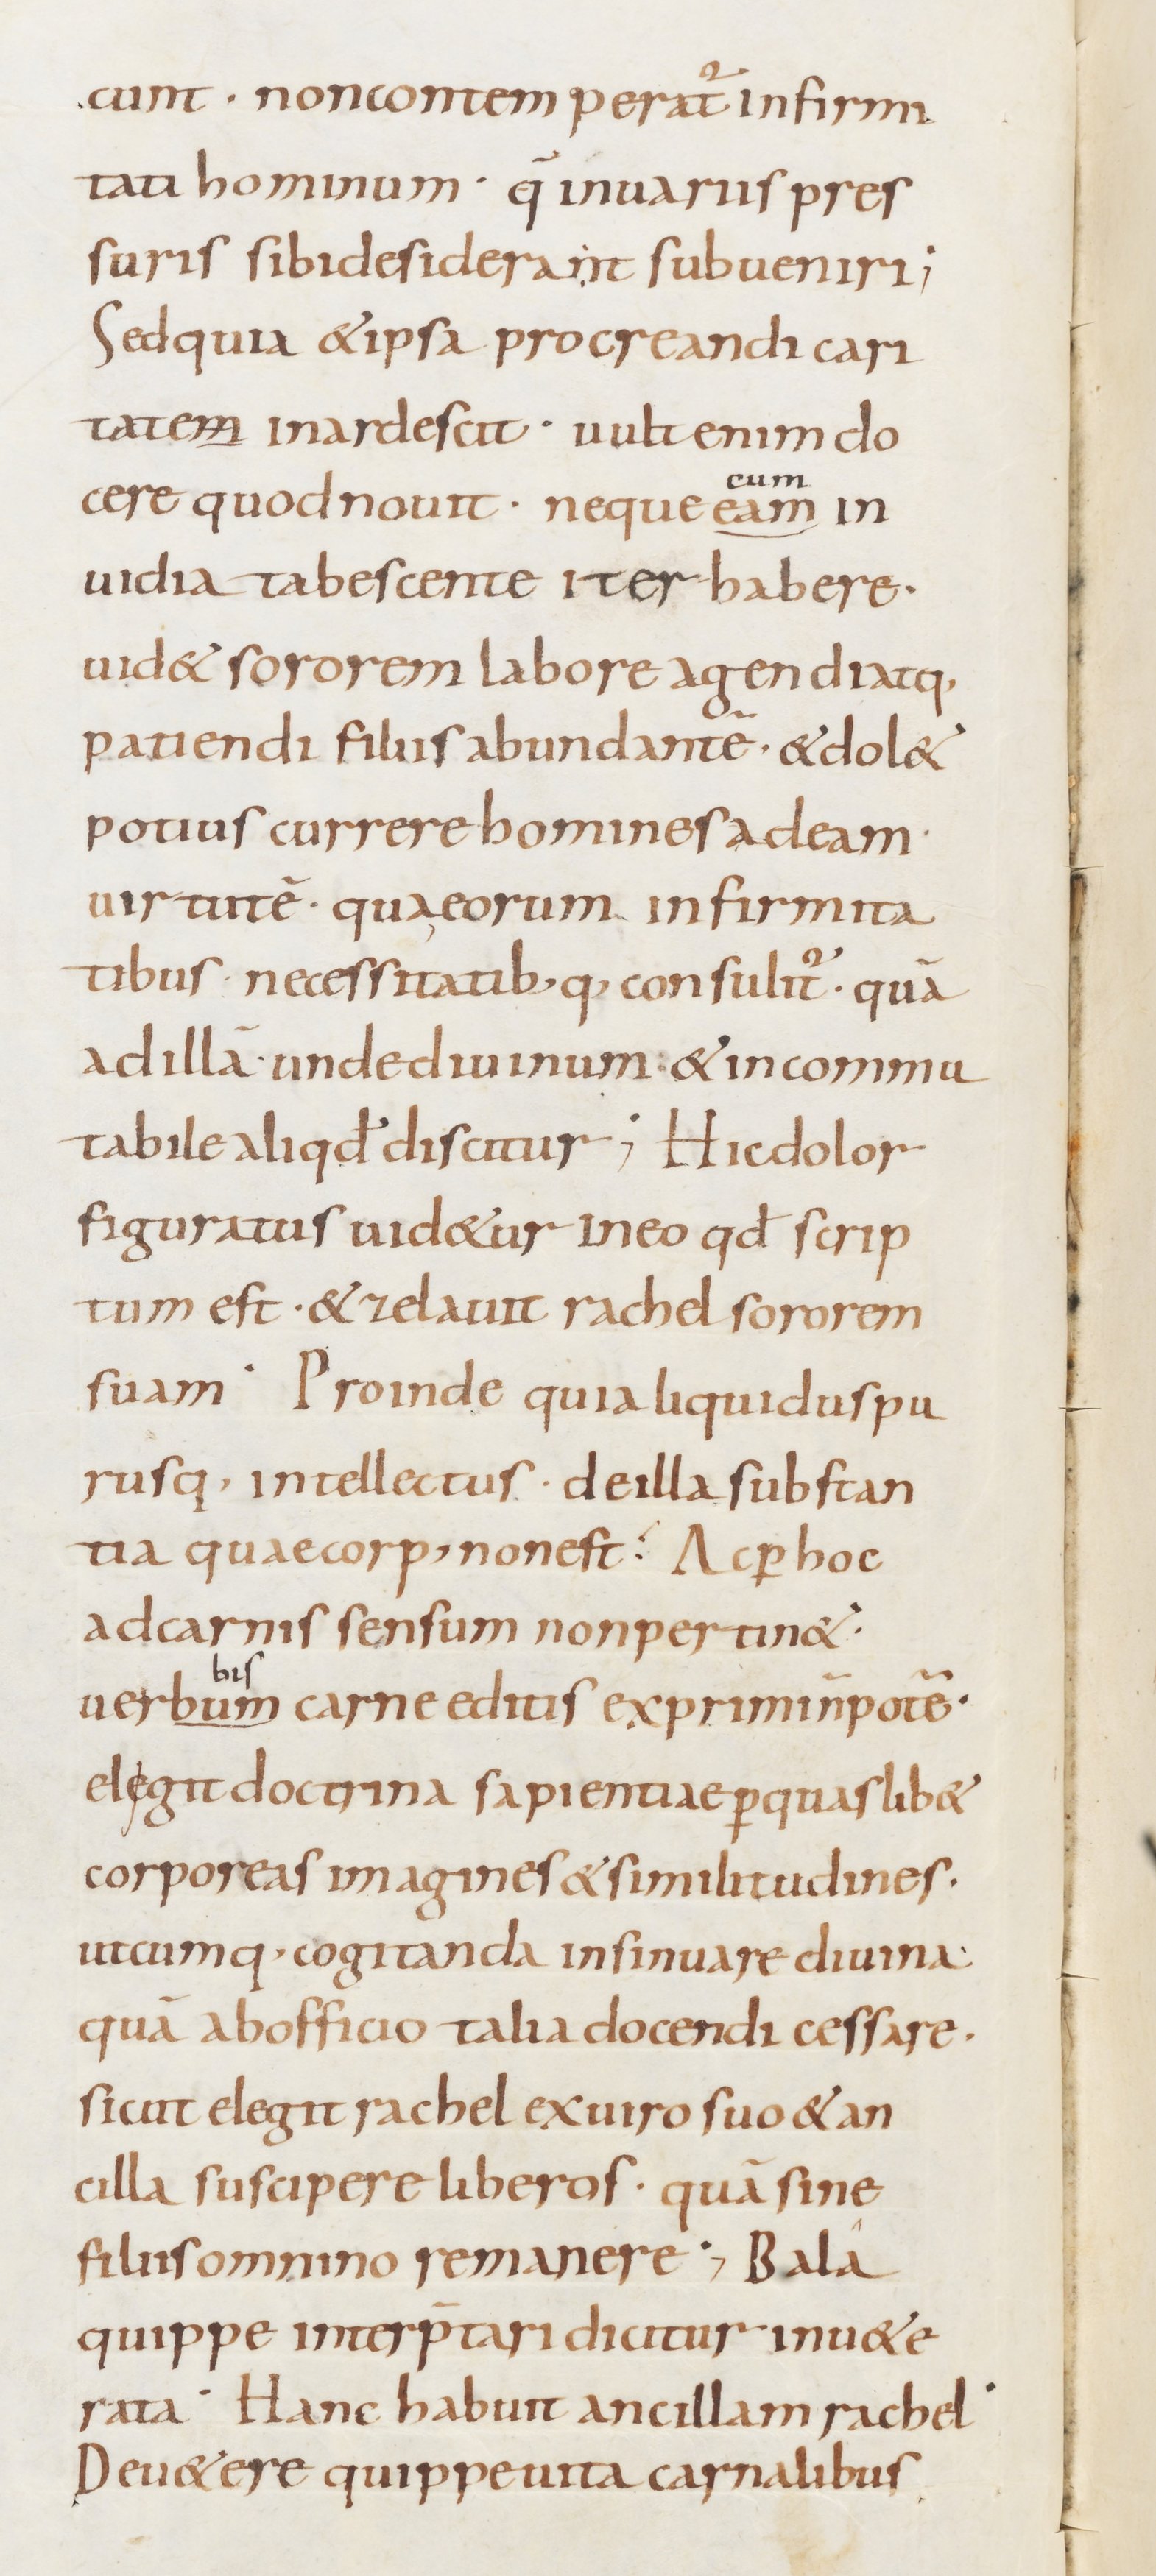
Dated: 800–899